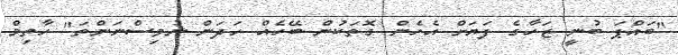
"ބައްޕަ ބުނީ ޒަހާގެ ފަޔަށް އެހެން ގޮތަކުން ބޭހެއް ހަދަން ނުވިސްނަންތަ" ހާތިމް